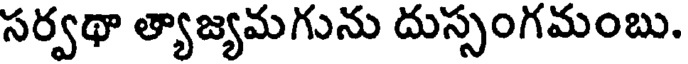
సర్వథా త్యాజ్యమగును దుస్సంగమంబు.